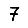
Digit: 7